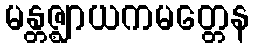
မန္တဇ္ဈာယကမတ္တေန